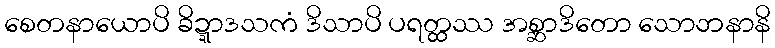
စေတနာယောပိ ခိဍ္ဍာဒသကံ ဒိသာပိ ပရတ္ထဿ အစ္ဆာဒိတော သောဘနာနိ